DOW-UAP-D35, Mission Report, Greece, October 2023
Agency: Department of War
Incident date: 10/29/23
Incident location: Aegean Sea
Page 2
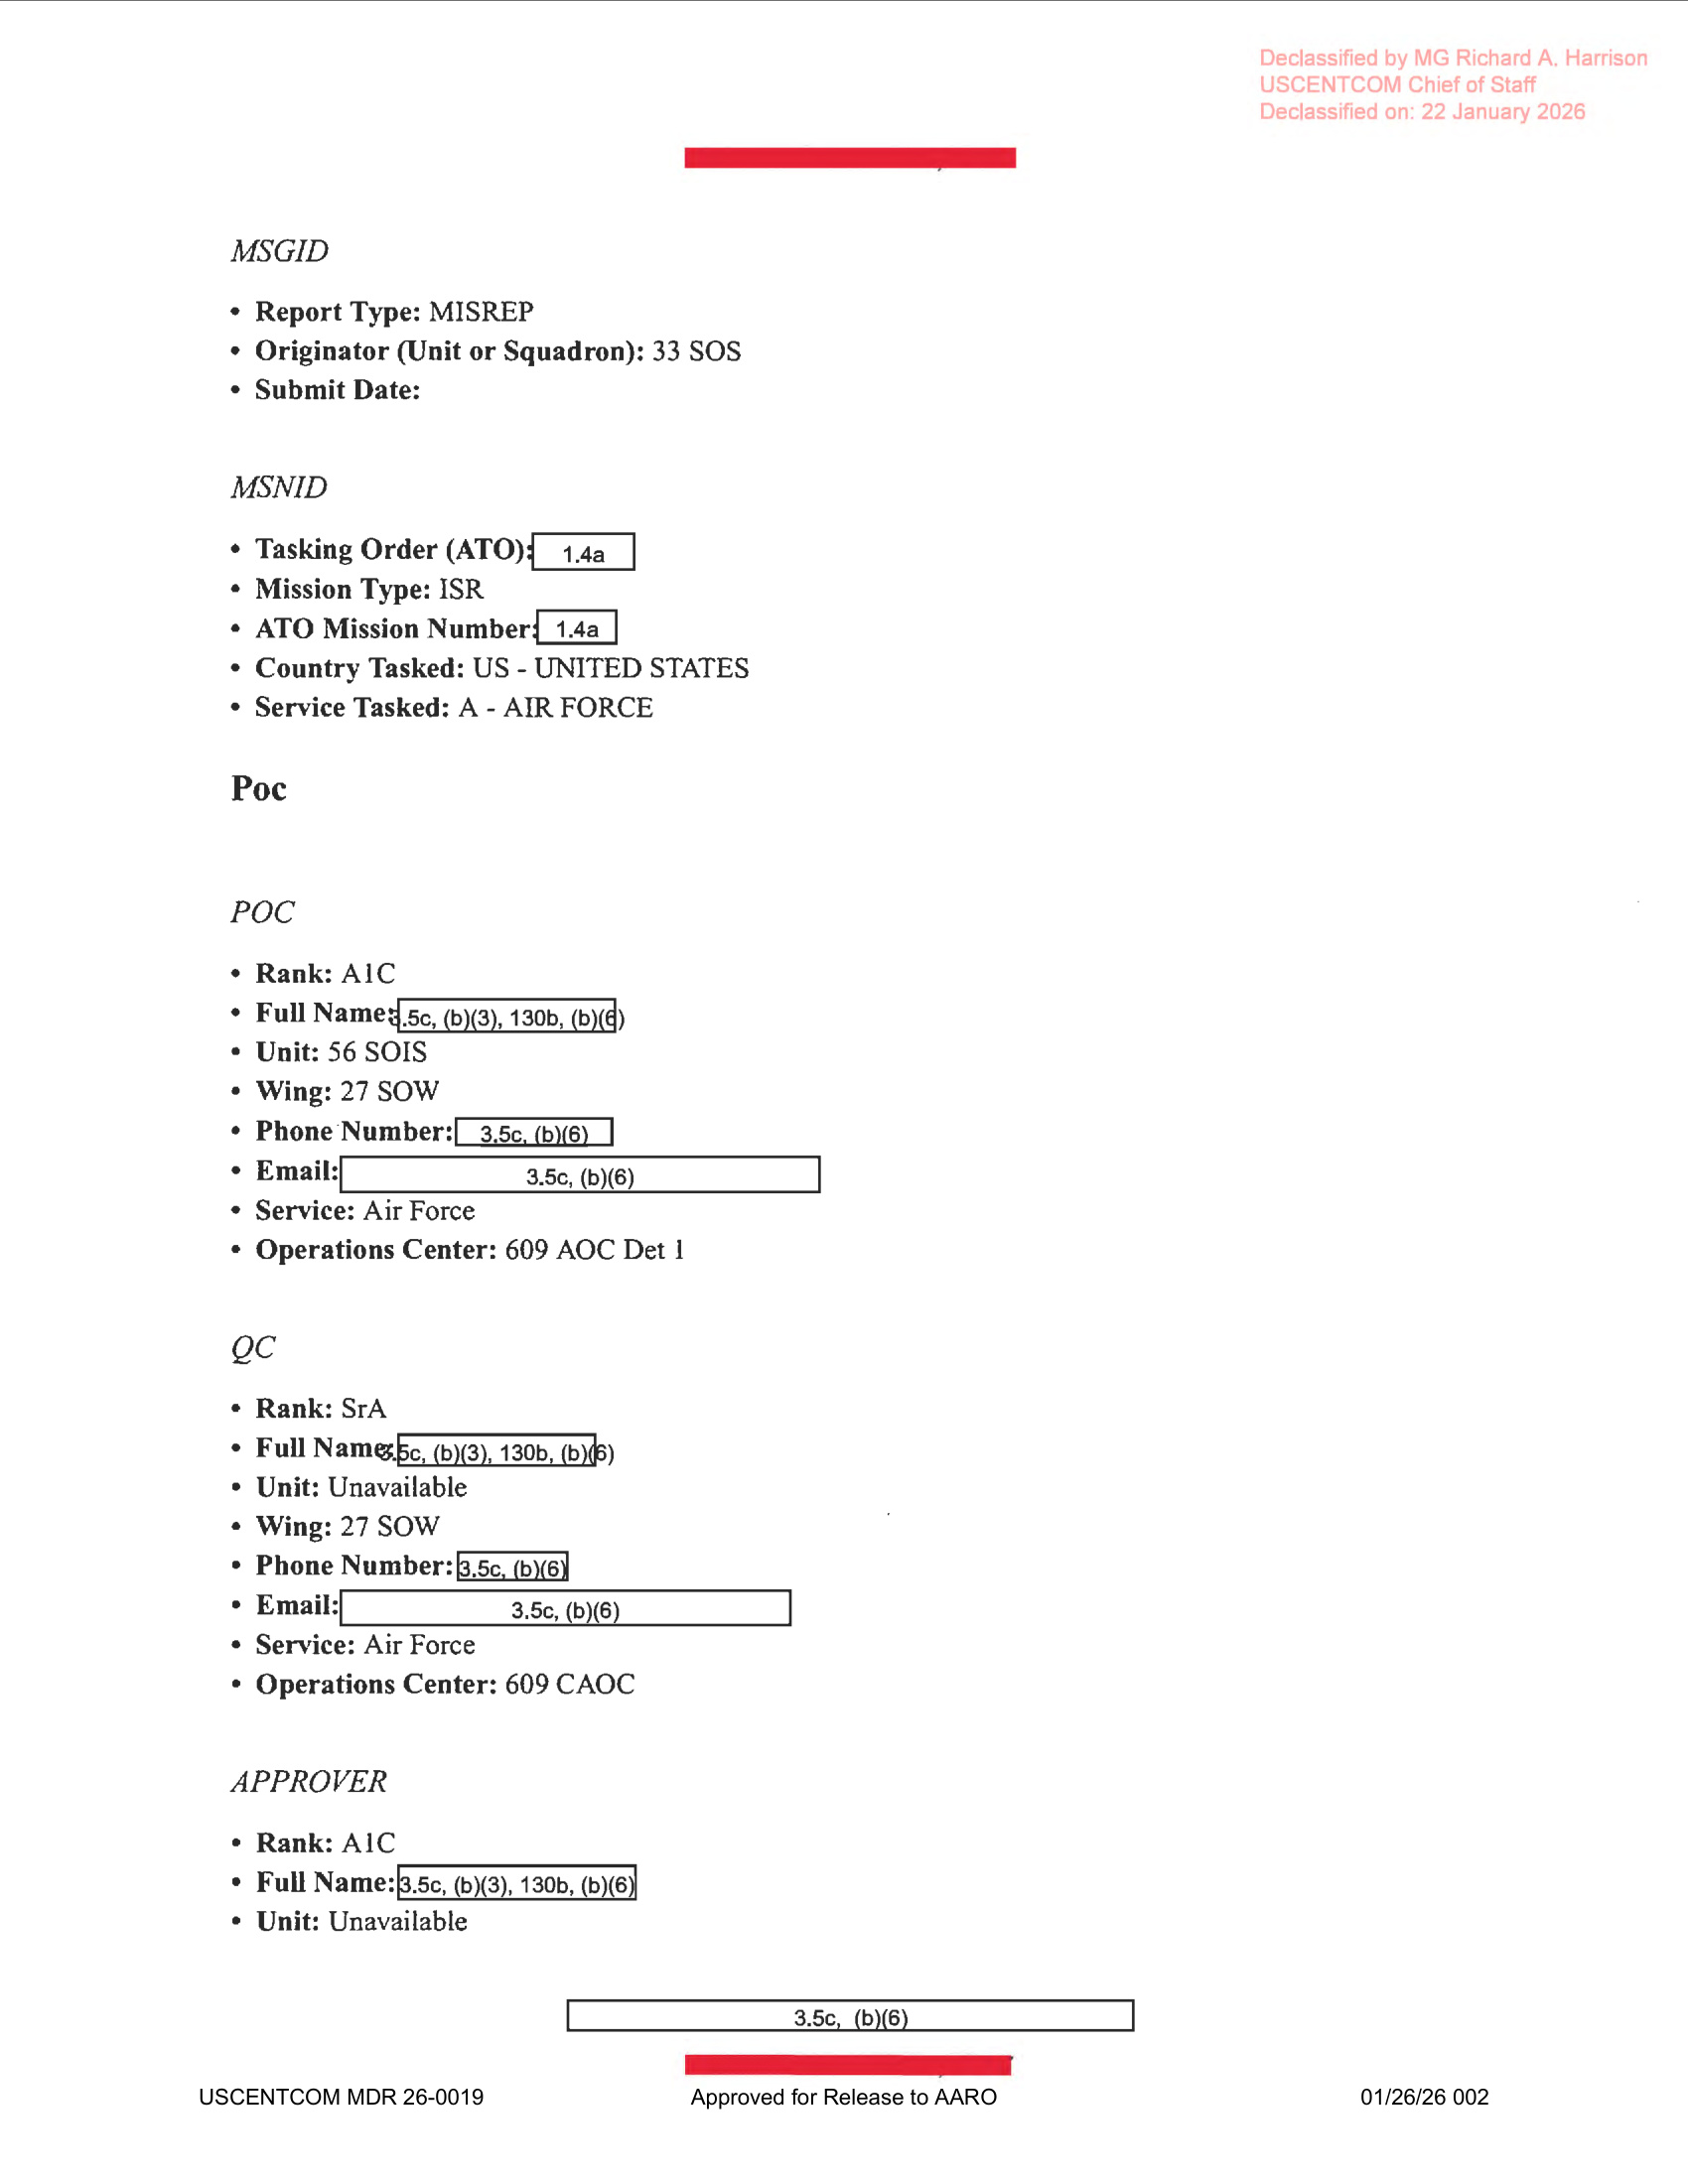